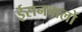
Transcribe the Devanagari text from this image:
ईरानवालों